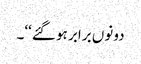
دونوں برابر ہو گئے‘‘۔